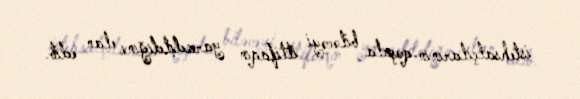
istehsalçılarının qoşula biləcəyi ittifaqın yaradıldığını elan edib.